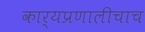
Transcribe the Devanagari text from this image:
कार्यप्रणालीचाच